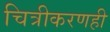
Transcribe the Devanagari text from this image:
चित्रीकरणही